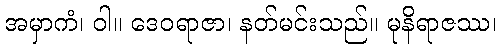
အမှာကံ၊ ဝါ။ ဒေဝရာဇာ၊ နတ်မင်းသည်။ မုနိရာဇဿ၊